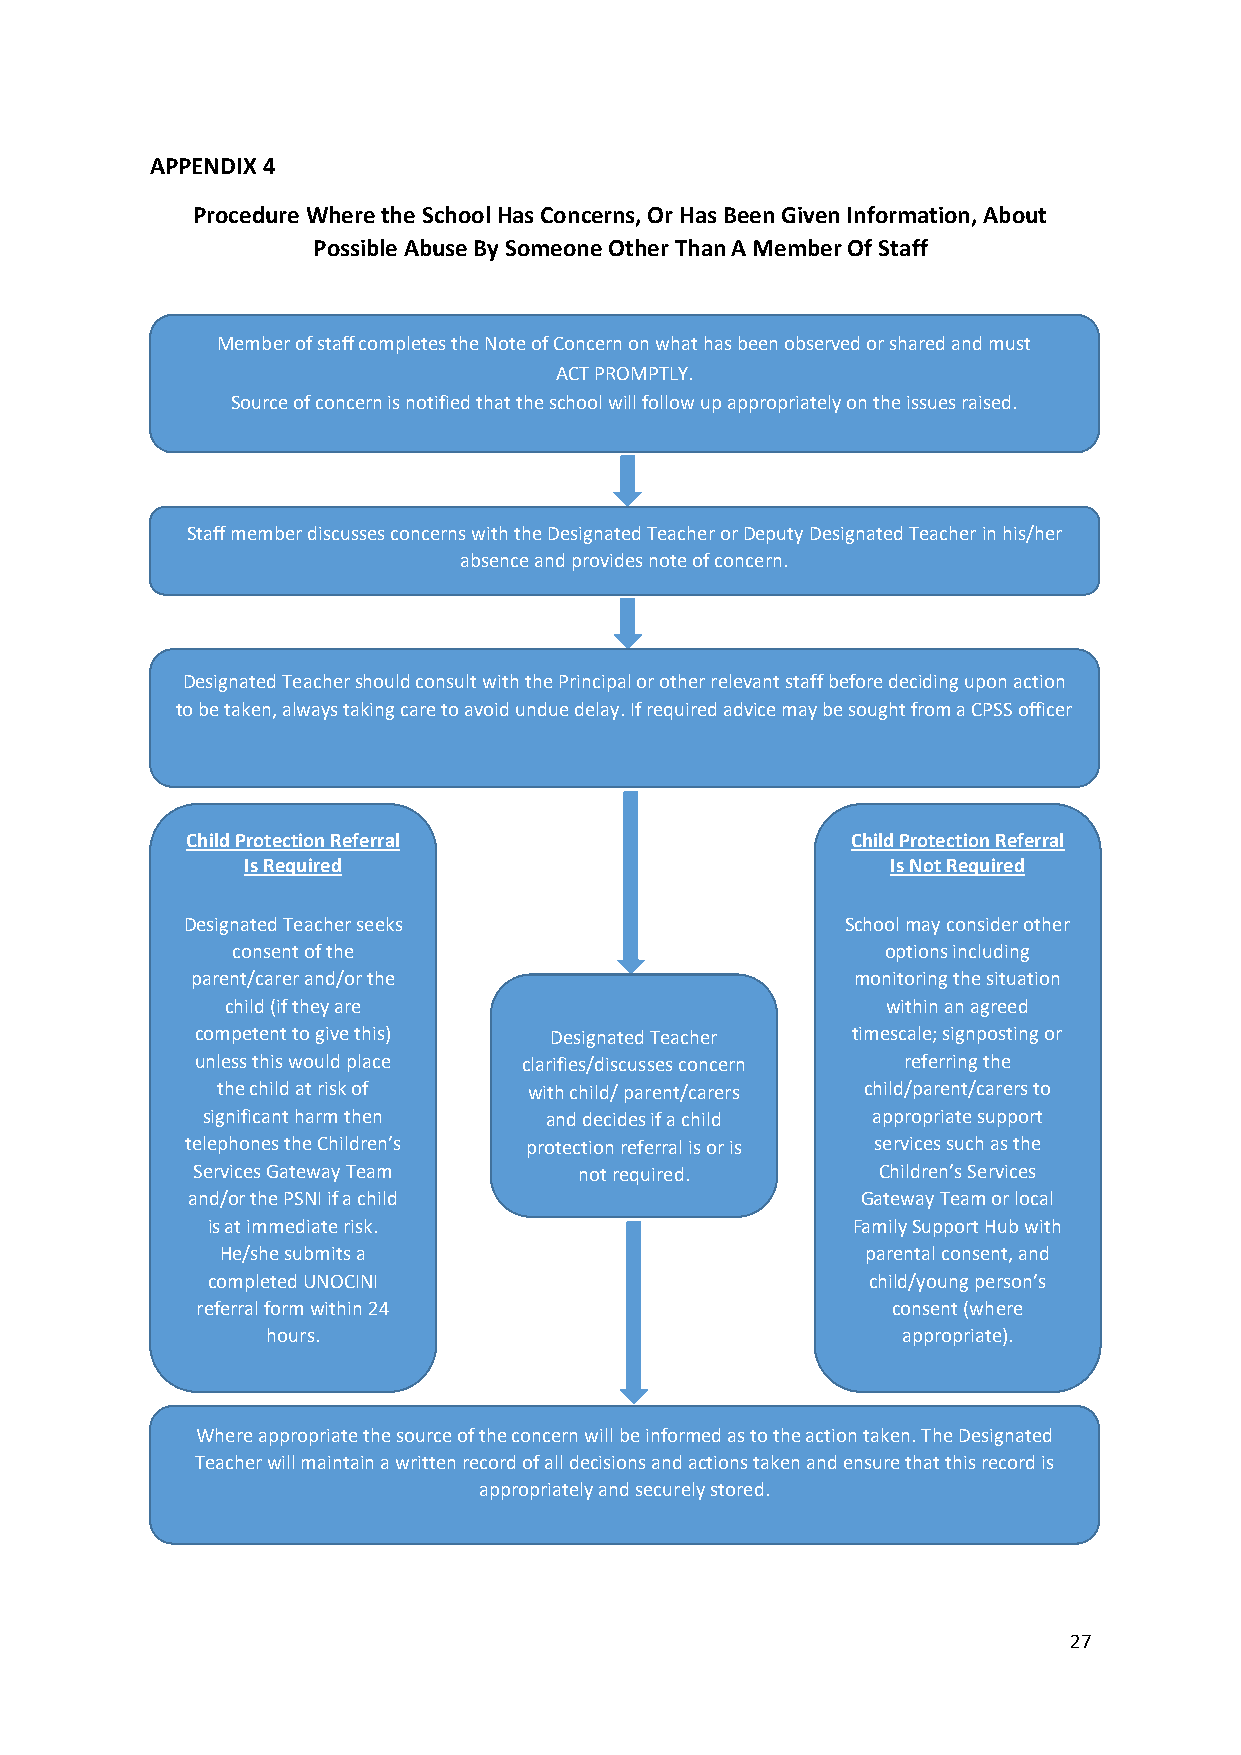
APPENDIX 4
 Procedure Where the School Has Concerns, Or Has Been Given Information, About
 Possible Abuse By Someone Other Than A Member Of Staff
 Member of staff completes the Note of Concern on what has been observed or shared and must
 ACT PROMPTLY.
 Source of concern is notified that the school will follow up appropriately on the issues raised.
 Staff member discusses concerns with the Designated Teacher or Deputy Designated Teacher in his/her
 absence and provides note of concern.
 Designated Teacher should consult with the Principal or other relevant staff before deciding upon action
 to be taken, always taking care to avoid undue delay. If required advice may be sought from a CPSS officer
 Child Protection Referral                   Child Protection Referral
 Is Required                                Is Not Required
 Designated Teacher seeks                    School may consider other
 consent of the                              options including
 parent/carer and/or the                     monitoring the situation
 child (if they are                          within an agreed
 competent to give this) Designated Teacher timescale; signposting or
 unless this would place clarifies/discusses concern referring the
 the child at risk of with child/ parent/carers child/parent/carers to
 significant harm then  and decides if a child appropriate support
 telephones the Children’s protection referral is or is services such as the
 Services Gateway Team    not required.       Children’s Services
 and/or the PSNI if a child                   Gateway Team or local
 is at immediate risk.                     Family Support Hub with
 He/she submits a                          parental consent, and
 completed UNOCINI                           child/young person’s
 referral form within 24                       consent (where
 hours.                                    appropriate).
 Where appropriate the source of the concern will be informed as to the action taken. The Designated
 Teacher will maintain a written record of all decisions and actions taken and ensure that this record is
 appropriately and securely stored.
 27